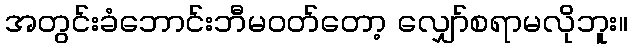
အတွင်းခံဘောင်းဘီမဝတ်တော့ လျှော်စရာမလိုဘူး။